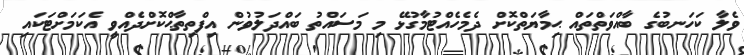
ވެލާ ކަހަނބުގެ ބާއްވަތްތައް ޙިމާޔަތްކޮށް ދެމެހެއްޓުމާގުޅޭ މި މަސައްތު ބައްދަލުވުން އިފްތިތާޙްކޮށްދެއްވީ އެކަމަށްޓަކައި